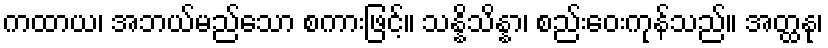
ကထာယ၊ အဘယ်မည်သော စကားဖြင့်။ သန္နိသိန္နာ၊ စည်းဝေးကုန်သည်။ အတ္ထနု၊